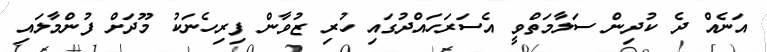
އަނެއް ދެ ކުދިން ސަލާމަތްވީ އެސަރަހައްދުގައި ހުރި ޒުވާން ފިރިހެނަކު މޫދަށް ފުންމާލައި